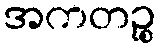
အကတဉ္စ